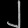
Digit: ၂